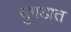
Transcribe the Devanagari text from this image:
सुगडात